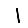
Digit: 1